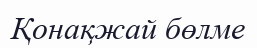
Қонақжай бөлме